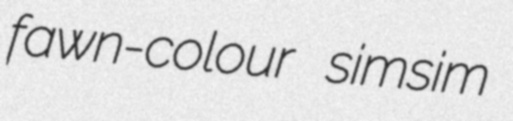
fawn-colour simsim